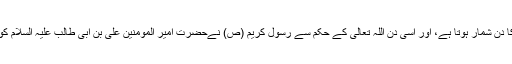
یہ دن محمد و آل محمد (علیھم السلام) کی سب بڑی عید کا دن شمار ہوتا ہے، اور اسی دن اللہ تعالی کے حکم سے رسول کریم (ص) نےحضرت امیر المومنین علی بن ابی طالب علیہ السلام کو اپنے بلافصل وصی اور خلیفہ کے عنوان سے پہچنوایا ۔